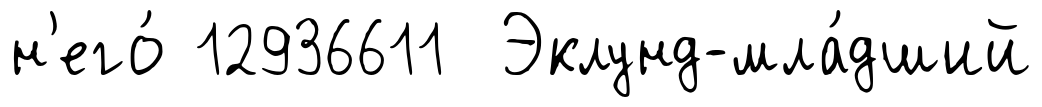
н'его́ 12936611 Эклунд-мла́дший